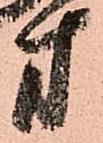
方